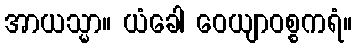
အာယသ္မာ။ ယံခေါ ဝေယျာဝစ္စကရံ။